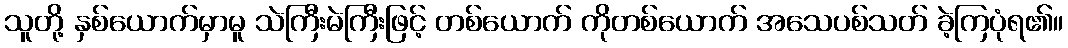
သူတို့ နှစ်ယောက်မှာမူ သဲကြီးမဲကြီးဖြင့် တစ်ယောက် ကိုတစ်ယောက် အသေပစ်သတ် ခဲ့ကြပုံရ၏။